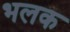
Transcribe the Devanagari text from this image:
भलक